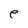
Character: e